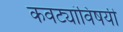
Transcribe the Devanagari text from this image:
कवट्यांविषयी